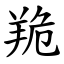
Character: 䍯